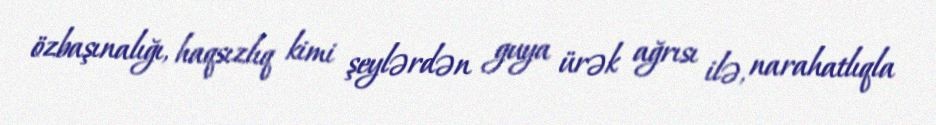
özbaşınalığı, haqsızlıq kimi şeylərdən guya ürək ağrısı ilə, narahatlıqla